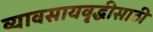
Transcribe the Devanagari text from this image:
व्यावसायवृद्धीसाठी